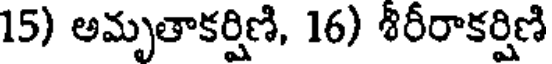
15) అమృతాకర్షిణి, 16) శిరీరాకర్షిణి